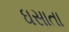
ઘસાતા